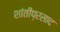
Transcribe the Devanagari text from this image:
शांतीप्रसाद